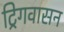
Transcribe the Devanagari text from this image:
ट्रिगवासन